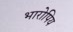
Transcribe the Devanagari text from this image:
भारोपिय